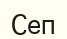
Сеп